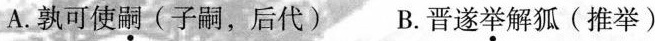
A.孰可使嗣(子嗣，后代)B.晋遂举解狐(推举)